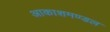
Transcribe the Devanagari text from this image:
आकाशमण्डल